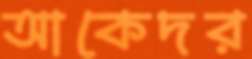
আকেদর